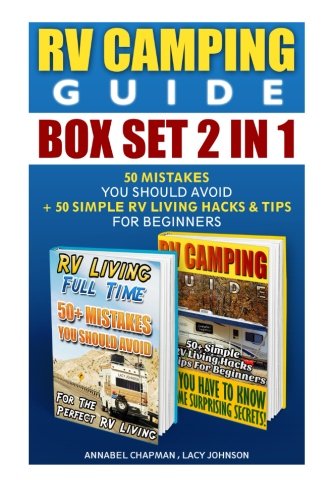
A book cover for RV Camping Guide BOX SET 2 IN 1: 50 Mistakes You Should Avoid + 50 Simple RV Living Hacks & Tips For Beginners: (RVing full time, RV living, How to ... how to live in a car, van or RV) (Volume 6); Annabel Chapman; Travel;